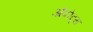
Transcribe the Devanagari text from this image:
अॅपरेट्स